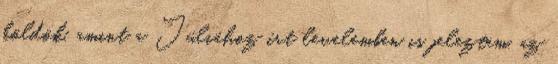
köldök, amint a Júliához írt levelemben is jeleztem, az